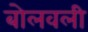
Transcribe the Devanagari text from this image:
बोलवली